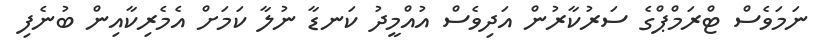
ނަމަވެސް ޓްރަމްޕްގެ ސަރުކާރުން އަދިވެސް އުއްމީދު ކަނޑާ ނުލާ ކަމަށް އެމެރިކާއިން ބުނެފި